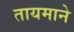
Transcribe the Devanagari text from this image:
तायमाने